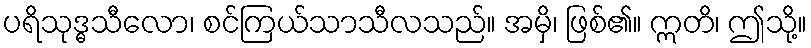
ပရိသုဒ္ဓသီလော၊ စင်ကြယ်သာသီလသည်။ အမှိ၊ ဖြစ်၏။ ဣတိ၊ ဤသို့။